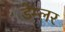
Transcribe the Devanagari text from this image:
डेम्लर